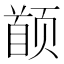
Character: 𬱯